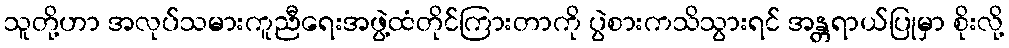
သူတို့ဟာ အလုပ်သမားကူညီရေးအဖွဲ့ထံတိုင်ကြားတာကို ပွဲစားကသိသွားရင် အန္တရာယ်ပြုမှာ စိုးလို့